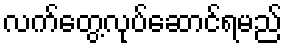
လက်တွေ့လုပ်ဆောင်ရမည်